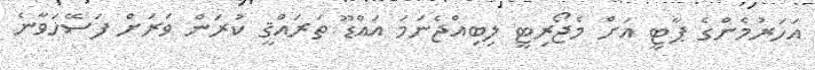
އަހަރުމެންގެ ޕާޓީ އަށް މެޖޯރިޓީ ލިބިއްޖެނަމަ އައްޑޫ ތަރައްޤީ ކުރަން ވަރަށް ފަސޭހަވާނެ